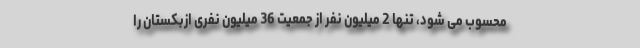
محسوب می شود، تنها 2 میلیون نفر از جمعیت 36 میلیون نفری ازبکستان را